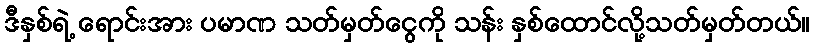
ဒီနှစ်ရဲ့ ရောင်းအား ပမာဏ သတ်မှတ်ငွေကို သန်း နှစ်ထောင်လို့သတ်မှတ်တယ်။